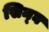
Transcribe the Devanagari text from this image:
सिन्घ